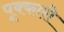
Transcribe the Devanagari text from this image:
पूक्कारी